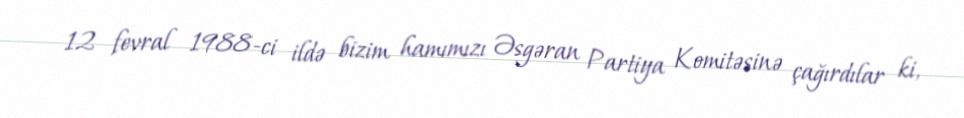
12 fevral 1988-ci ildə bizim hamımızı Əsgəran Partiya Komitəsinə çağırdılar ki,